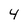
Character: 4